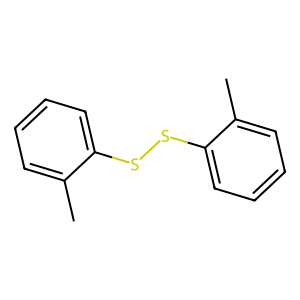
SMILES: Cc1ccccc1SSc1ccccc1C
Inhibits HIV replication: No